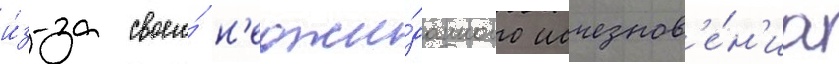
и́з-за своего́ н'еожи́данного исчезнов'е́н'иа